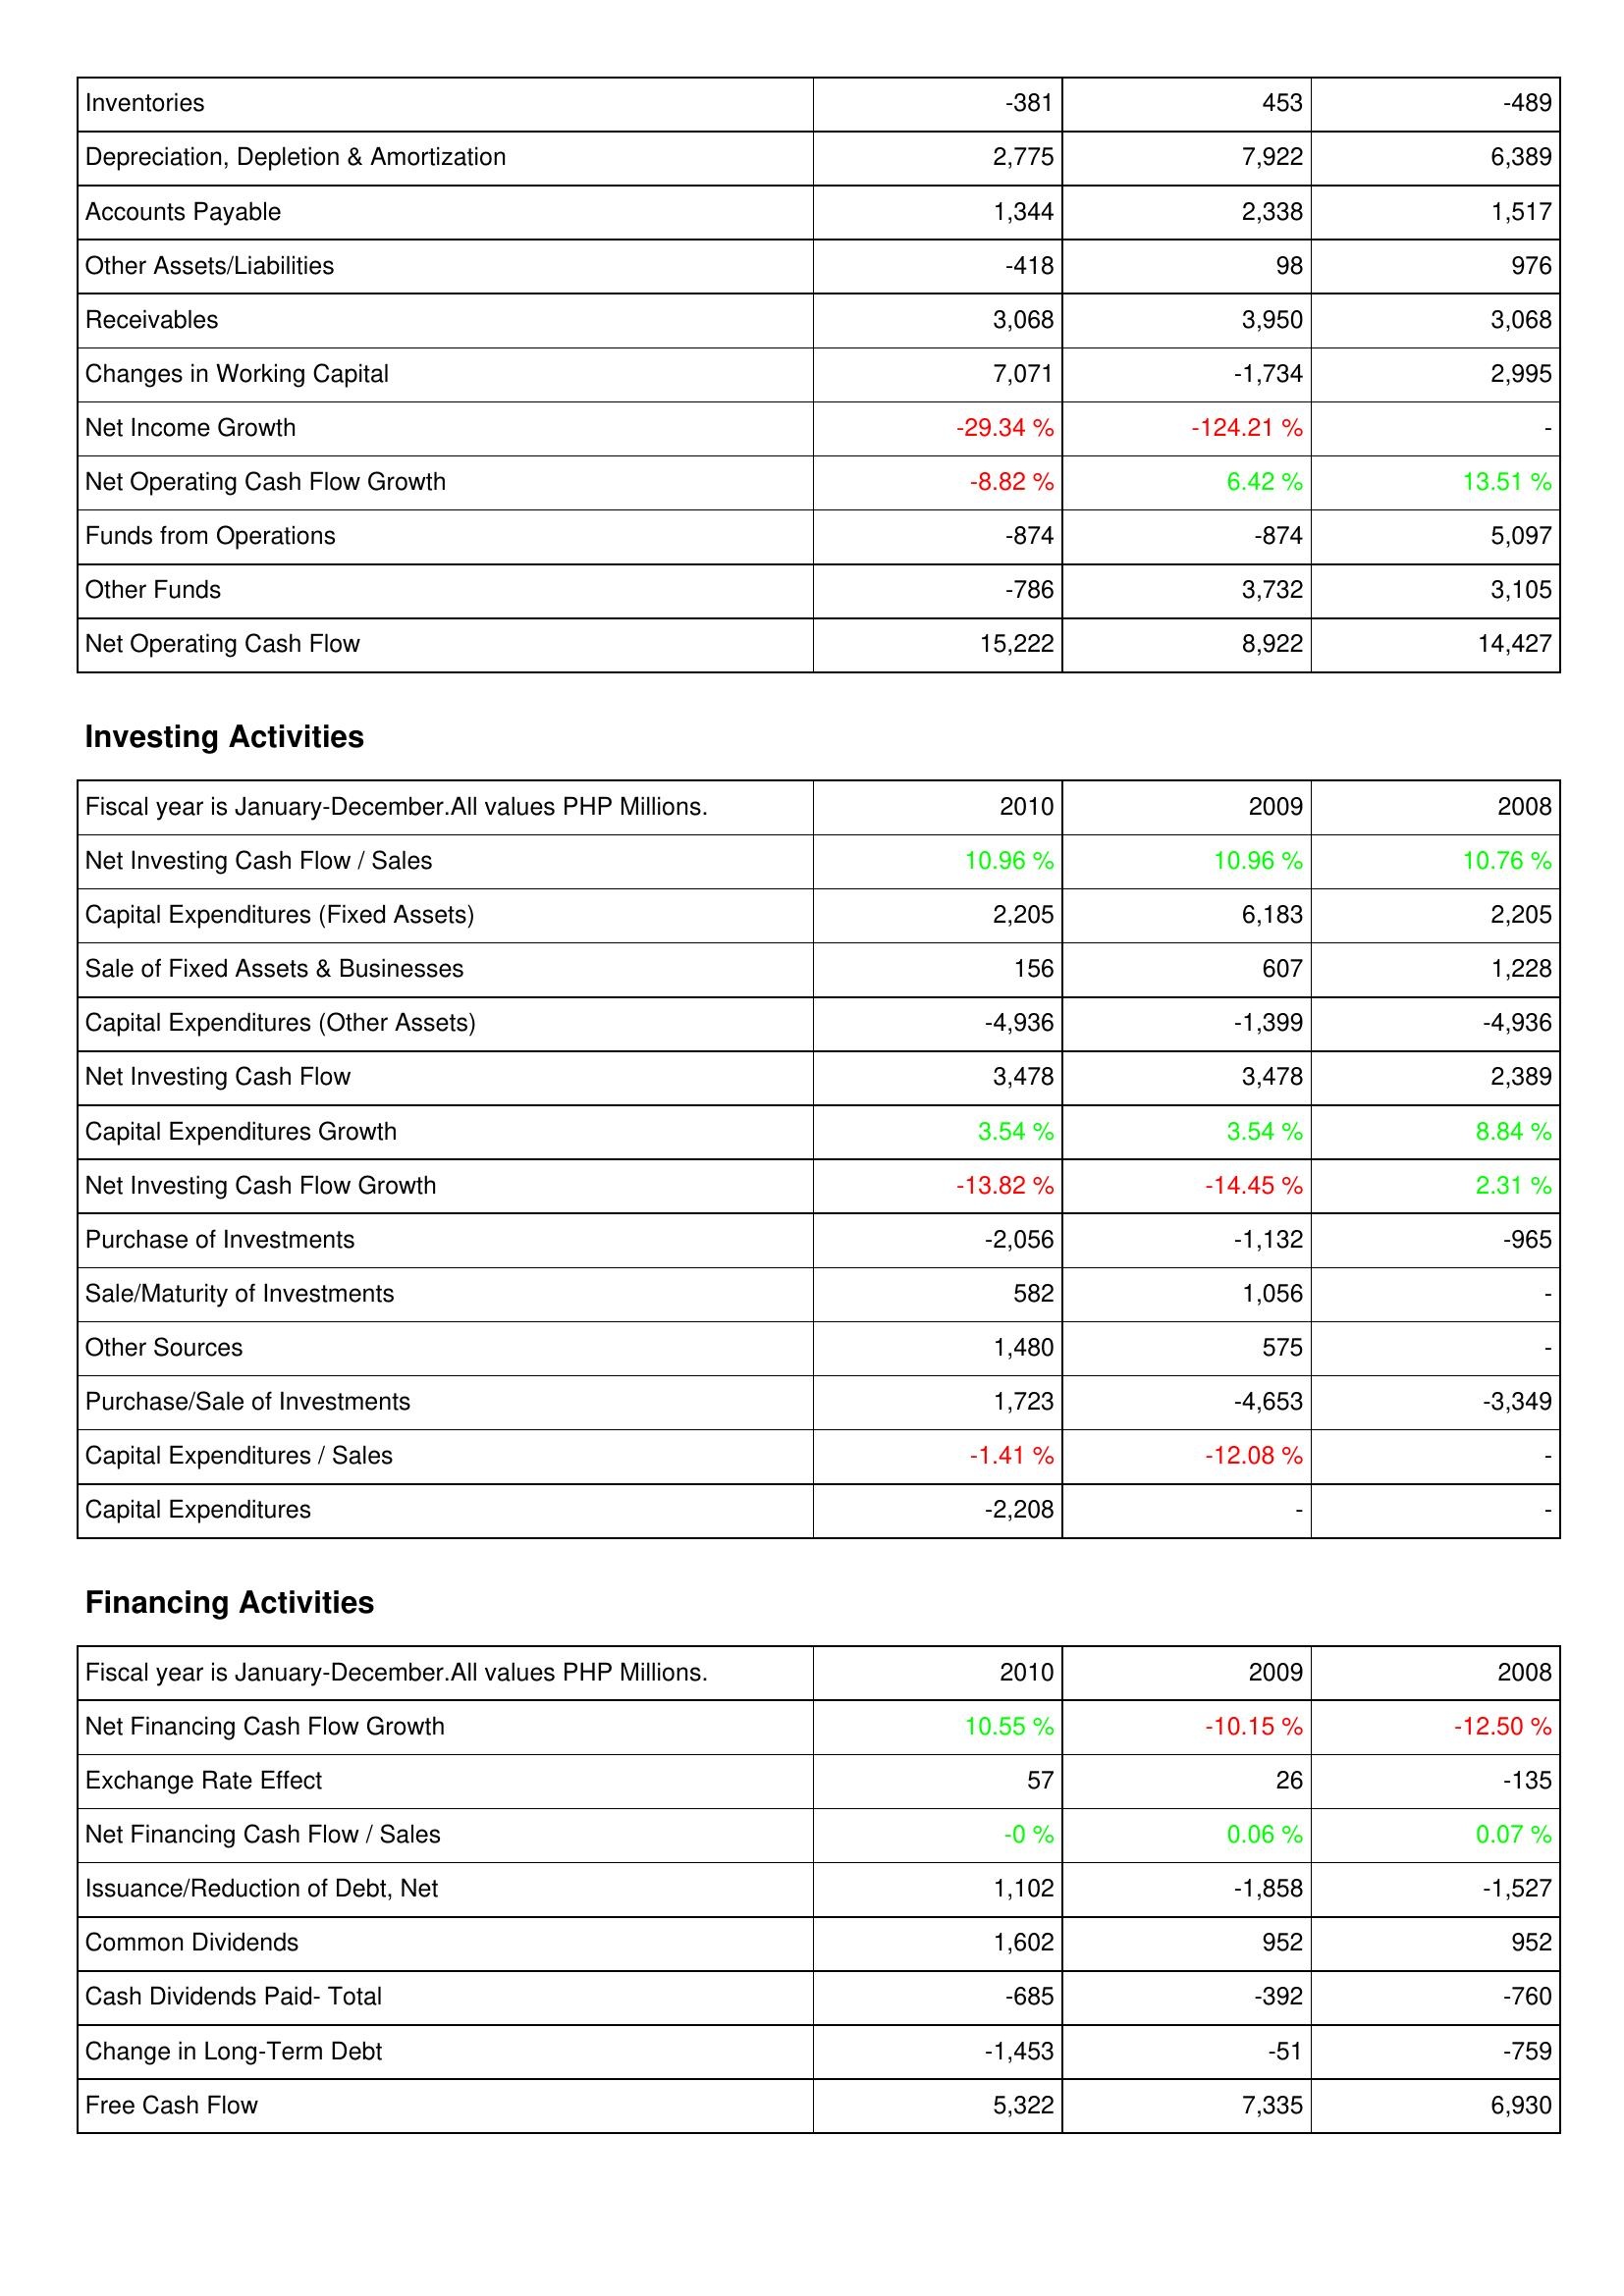
2010: Operating Activities: Inventories: -381
Depreciation, Depletion & Amortization: 2,775
Accounts Payable: 1,344
Other Assets/Liabilities: -418
Receivables: 3,068
Changes in Working Capital: 7,071
Net Income Growth: -29.34 %
Net Operating Cash Flow Growth: -8.82 %
Funds from Operations: -874
Other Funds: -786
Net Operating Cash Flow: 15,222
Investing Activities: Net Investing Cash Flow / Sales: 10.96 %
Capital Expenditures (Fixed Assets): 2,205
Sale of Fixed Assets & Businesses: 156
Capital Expenditures (Other Assets): -4,936
Net Investing Cash Flow: 3,478
Capital Expenditures Growth: 3.54 %
Net Investing Cash Flow Growth: -13.82 %
Purchase of Investments: -2,056
Sale/Maturity of Investments: 582
Other Sources: 1,480
Purchase/Sale of Investments: 1,723
Capital Expenditures / Sales: -1.41 %
Capital Expenditures: -2,208
Financing Activities: Net Financing Cash Flow Growth: 10.55 %
Exchange Rate Effect: 57
Net Financing Cash Flow / Sales: -0 %
Issuance/Reduction of Debt, Net: 1,102
Common Dividends: 1,602
Cash Dividends Paid- Total: -685
Change in Long-Term Debt: -1,453
Free Cash Flow: 5,322
2009: Operating Activities: Inventories: 453
Depreciation, Depletion & Amortization: 7,922
Accounts Payable: 2,338
Other Assets/Liabilities: 98
Receivables: 3,950
Changes in Working Capital: -1,734
Net Income Growth: -124.21 %
Net Operating Cash Flow Growth: 6.42 %
Funds from Operations: -874
Other Funds: 3,732
Net Operating Cash Flow: 8,922
Investing Activities: Net Investing Cash Flow / Sales: 10.96 %
Capital Expenditures (Fixed Assets): 6,183
Sale of Fixed Assets & Businesses: 607
Capital Expenditures (Other Assets): -1,399
Net Investing Cash Flow: 3,478
Capital Expenditures Growth: 3.54 %
Net Investing Cash Flow Growth: -14.45 %
Purchase of Investments: -1,132
Sale/Maturity of Investments: 1,056
Other Sources: 575
Purchase/Sale of Investments: -4,653
Capital Expenditures / Sales: -12.08 %
Capital Expenditures: -
Financing Activities: Net Financing Cash Flow Growth: -10.15 %
Exchange Rate Effect: 26
Net Financing Cash Flow / Sales: 0.06 %
Issuance/Reduction of Debt, Net: -1,858
Common Dividends: 952
Cash Dividends Paid- Total: -392
Change in Long-Term Debt: -51
Free Cash Flow: 7,335
2008: Operating Activities: Inventories: -489
Depreciation, Depletion & Amortization: 6,389
Accounts Payable: 1,517
Other Assets/Liabilities: 976
Receivables: 3,068
Changes in Working Capital: 2,995
Net Income Growth: -
Net Operating Cash Flow Growth: 13.51 %
Funds from Operations: 5,097
Other Funds: 3,105
Net Operating Cash Flow: 14,427
Investing Activities: Net Investing Cash Flow / Sales: 10.76 %
Capital Expenditures (Fixed Assets): 2,205
Sale of Fixed Assets & Businesses: 1,228
Capital Expenditures (Other Assets): -4,936
Net Investing Cash Flow: 2,389
Capital Expenditures Growth: 8.84 %
Net Investing Cash Flow Growth: 2.31 %
Purchase of Investments: -965
Sale/Maturity of Investments: -
Other Sources: -
Purchase/Sale of Investments: -3,349
Capital Expenditures / Sales: -
Capital Expenditures: -
Financing Activities: Net Financing Cash Flow Growth: -12.50 %
Exchange Rate Effect: -135
Net Financing Cash Flow / Sales: 0.07 %
Issuance/Reduction of Debt, Net: -1,527
Common Dividends: 952
Cash Dividends Paid- Total: -760
Change in Long-Term Debt: -759
Free Cash Flow: 6,930